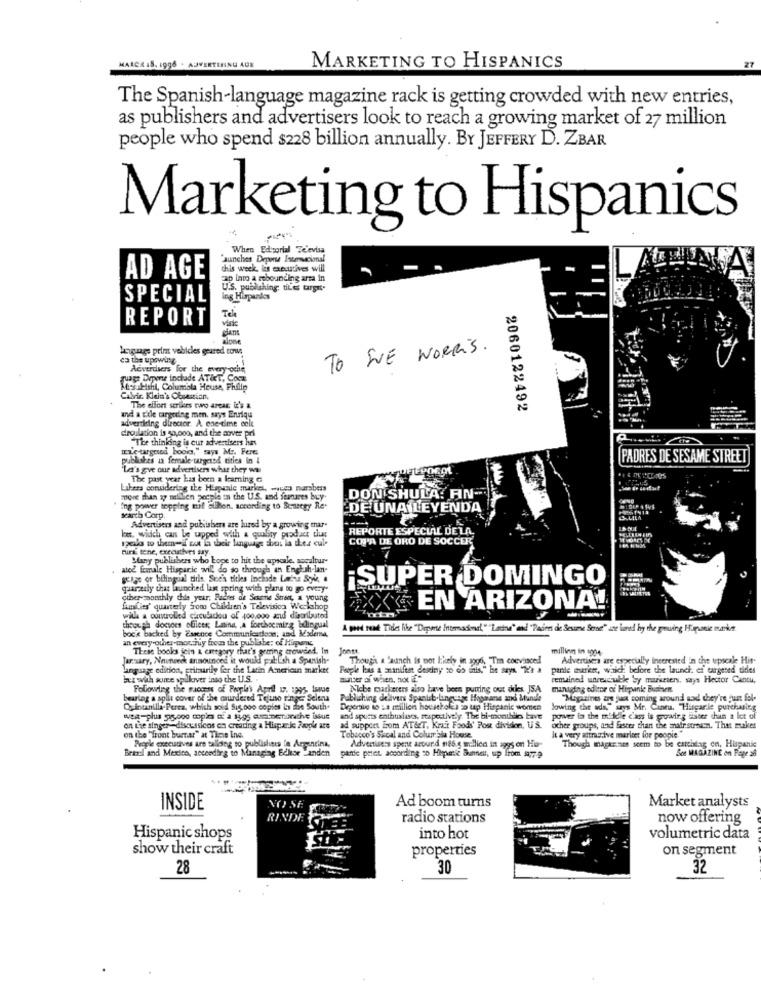
ADVERTISING AGE
ARCE 1S. 1995
MARKETING TO HISPANICS
The Spanish-language magazine rack is getting crowded with new entries,
as publishers and advertisers look to reach a growing market of 27 million
people who spend $228 billion annually. BY JEFFERY D. ZBAR
Marketing to Hispanics
When Editorial Televisa
"aunches Deporte Istenscional
this week, ics executives will
AD AGE
cap into a rebounding arra in
U.S. publishing tiL'e target.
SPECIAL
ing Hispankes
REPORT
virke
dans
alone
laeuguage prin vehicles geared cow
TO SUE WORRIS.
ca the upswing
Acverdsers for the every oche
ruagr Depone inchade AT&T, Cook
Mes: Mshl, Columbla House, Philip
Calvin Klein's Obsession,
The effort strikers two arear it's a
2060122492
and a cile cargoing men. says Enriqu
advertising director A one-time eelt
croilation is so,ooo, and the aover pri
"The thinking is cur advertisers has
IELe targeted boods," says M .. Fere
publishes is female-targeted tities in &
PADRES DE SESAME STREET
"Let's gve our advertisers what they w
DEEPOGOL
The past year has been a kamning &
Lakers coruidering the Hispanle market, wieco nurabers
DON SHULA: AN-
more than wy nalilien people in the U.S. and seanares buy
U.S. and features buy.
Ing power topping tuif oilon, according to Seneegy Re-
DE UNA LEYENDA
Marth Corp.
S LILA
Advertisers and publisher are lured by a growing mar-
REPORTE ESPECIAL DELA.
loer, which can be capped with a quality product that
spelas to them-if not E their language shan la ther cule
COPA DE ORO DE SOCCER
mira tene, executives say.
Many publishers who hope to hit the upscale. soculture
ated female Hisparic will do so through an English-lan-
geige or bilingual title, Such titles Inchade Lains Sie,
¡SUPER DOMINGO
giaradly that launched last spring with plans to go every"
other monthly this year, Buches af Seseine Street, a young
families' quarterly Som Children's Television Werkshop
XEN ARIZONA!
with a controlled circulacion of 400,000 and distributed
boc's backed by Zarence Communications, and Moderna
through docoes ofilets; Latina, . A forchocming bdingual
A good read Titles like "Deporte Internacional,"" Leche" and "Padres de Seume Serset" une luned hy the growing Hiponie markt.
an every other-mor muy frown the publisher of Hipans
These books join & category that's gearing crowded. In
Jones
million in 1904-
Jarzary, Namnenck announced it would put:Lah a Spanish-
Though a launch is not likely in 1996, "Tm coevinced
Advertisers are especially Interested In the upscale Hit-
language edition, primarily fer the Latin American market
People has a manifest desiny to do itis," le says 229 a
partie markt, waich before the launch et targeted tides
but with some spillover into the U.S ..
Blatter ai when, hot "
remained unreachable by marketers, says Hector Cantu,
Following the success of People's April 1. 1995, issue
Niche markerers also have been purring out dres, JSA
managing editor of Hipvinke Buchen
bearing a split cover of the murdered Tejuno ringe Seleru
Publishing delivers Spanisb.language Hopaans and Munde
"Magazines at jux coming around and they're just fol-
Quintanilla-Perez, which soid Sig.ooo copies inn ise South.
Depersio io :a million hoestholes so up Hispanic women
lowing the ads," says Mr. Cantu. "Hincarle purchasing
and sports enthusiasts, respectively. The bi-monthdies have
power ta the middle class is growing lisser chun a lot of
on Lie singer-discussieos en creating a Hisparke Zaopie ars
on the "front burner" at Time Ine.
ad support Bom AT&T, Kraft Foods' Pos division, U.S.
other groups, and faster than the mair streuen. The mukes
People executives are sallding to publishers la Argentina,
Tobacco's Skoal and Columbia House.
Advertisers spente around nas.g million in aggs on Hi-
It a very attractive marinet for poopie."
Brazel and Mexico, according to Managing Edkor -anden
Though magkr.aos seem to be earchlag co, Hispanic
partie petet. according o Hippesie Bunnen, up from $777-9
Sce MAGAZINE on Page 28
Market analysts
INSIDE
Ad boom turns
RINDI
radio stations
now offering
Hispanic shops
into hot
volumetric data
show their craft
properties
on segment
28
30
32